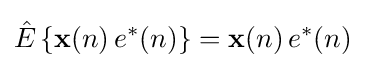
{\hat {E}}\left\{\mathbf {x} (n)\,e^{*}(n)\right\}=\mathbf {x} (n)\,e^{*}(n)